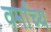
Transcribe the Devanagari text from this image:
वर्मांच्य